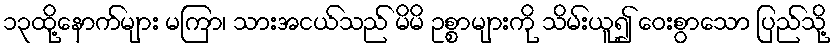
၁၃ထို့နောက်များ မကြာ၊ သားအငယ်သည် မိမိ ဥစ္စာများကို သိမ်းယူ၍ ဝေးစွာသော ပြည်သို့